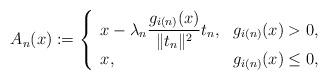
LaTeX: \begin{align*}A_{n}(x):=\left\{\begin{array}[c]{ll}x-\lambda_{n}\displaystyle{\frac{g_{i(n)}(x)}{\Vert t_{n}\Vert^{2}}}t_{n}, &g_{i(n)}(x)>0,\\x, & g_{i(n)}(x)\leq0,\end{array}\right. \end{align*}